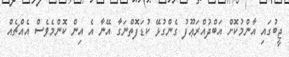
ޖީބުގައި އާންމުކޮށް އަބްދުއްރަޢޫފު ގެންގުޅޭ ކުޑަފޮތްނަގާ އޭނާ އެ އިން ކޮންމެވެސް އެއްޗެއް